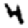
Digit: 4